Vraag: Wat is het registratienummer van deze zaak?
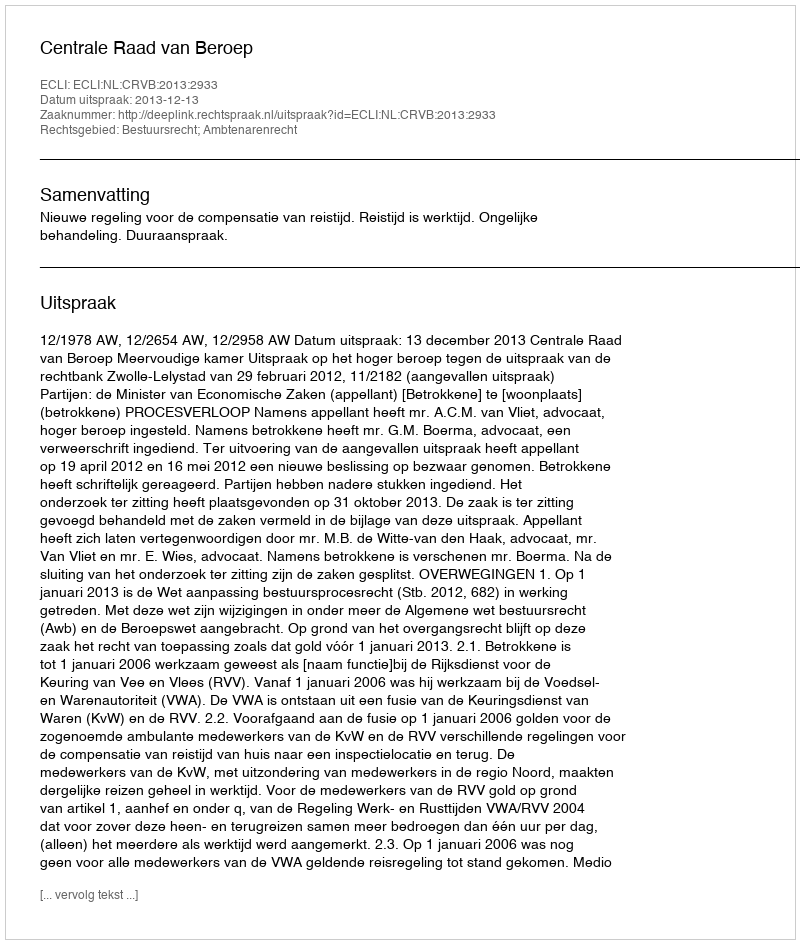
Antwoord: http://deeplink.rechtspraak.nl/uitspraak?id=ECLI:NL:CRVB:2013:2933